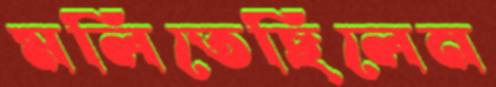
মলিতেছিলেন